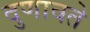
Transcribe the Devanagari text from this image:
दुणावते